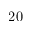
2 0